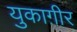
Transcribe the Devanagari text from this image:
युकाग़ीर